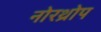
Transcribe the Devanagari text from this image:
नोरथ्रोप